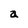
Character: a